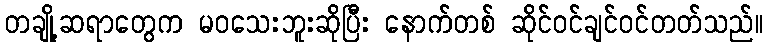
တချို့ဆရာတွေက မဝသေးဘူးဆိုပြီး နောက်တစ် ဆိုင်ဝင်ချင်ဝင်တတ်သည်။